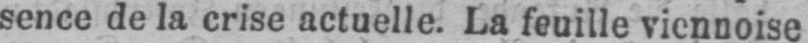
sence de la crise actuelle. La feuille viennoise